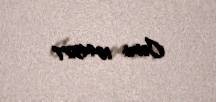
Cəmi: 10445,77